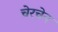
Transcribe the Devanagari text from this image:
चेरचेन